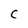
Character: C